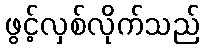
ဖွင့်လှစ်လိုက်သည်